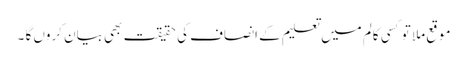
موقع ملا تو کسی کالم میں تعلیم کے انصاف کی حقیقت بھی بیان کروں گا ۔